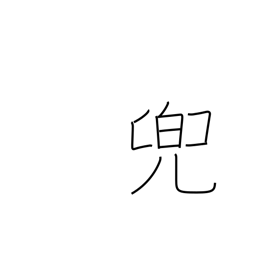
Meaning: helmet